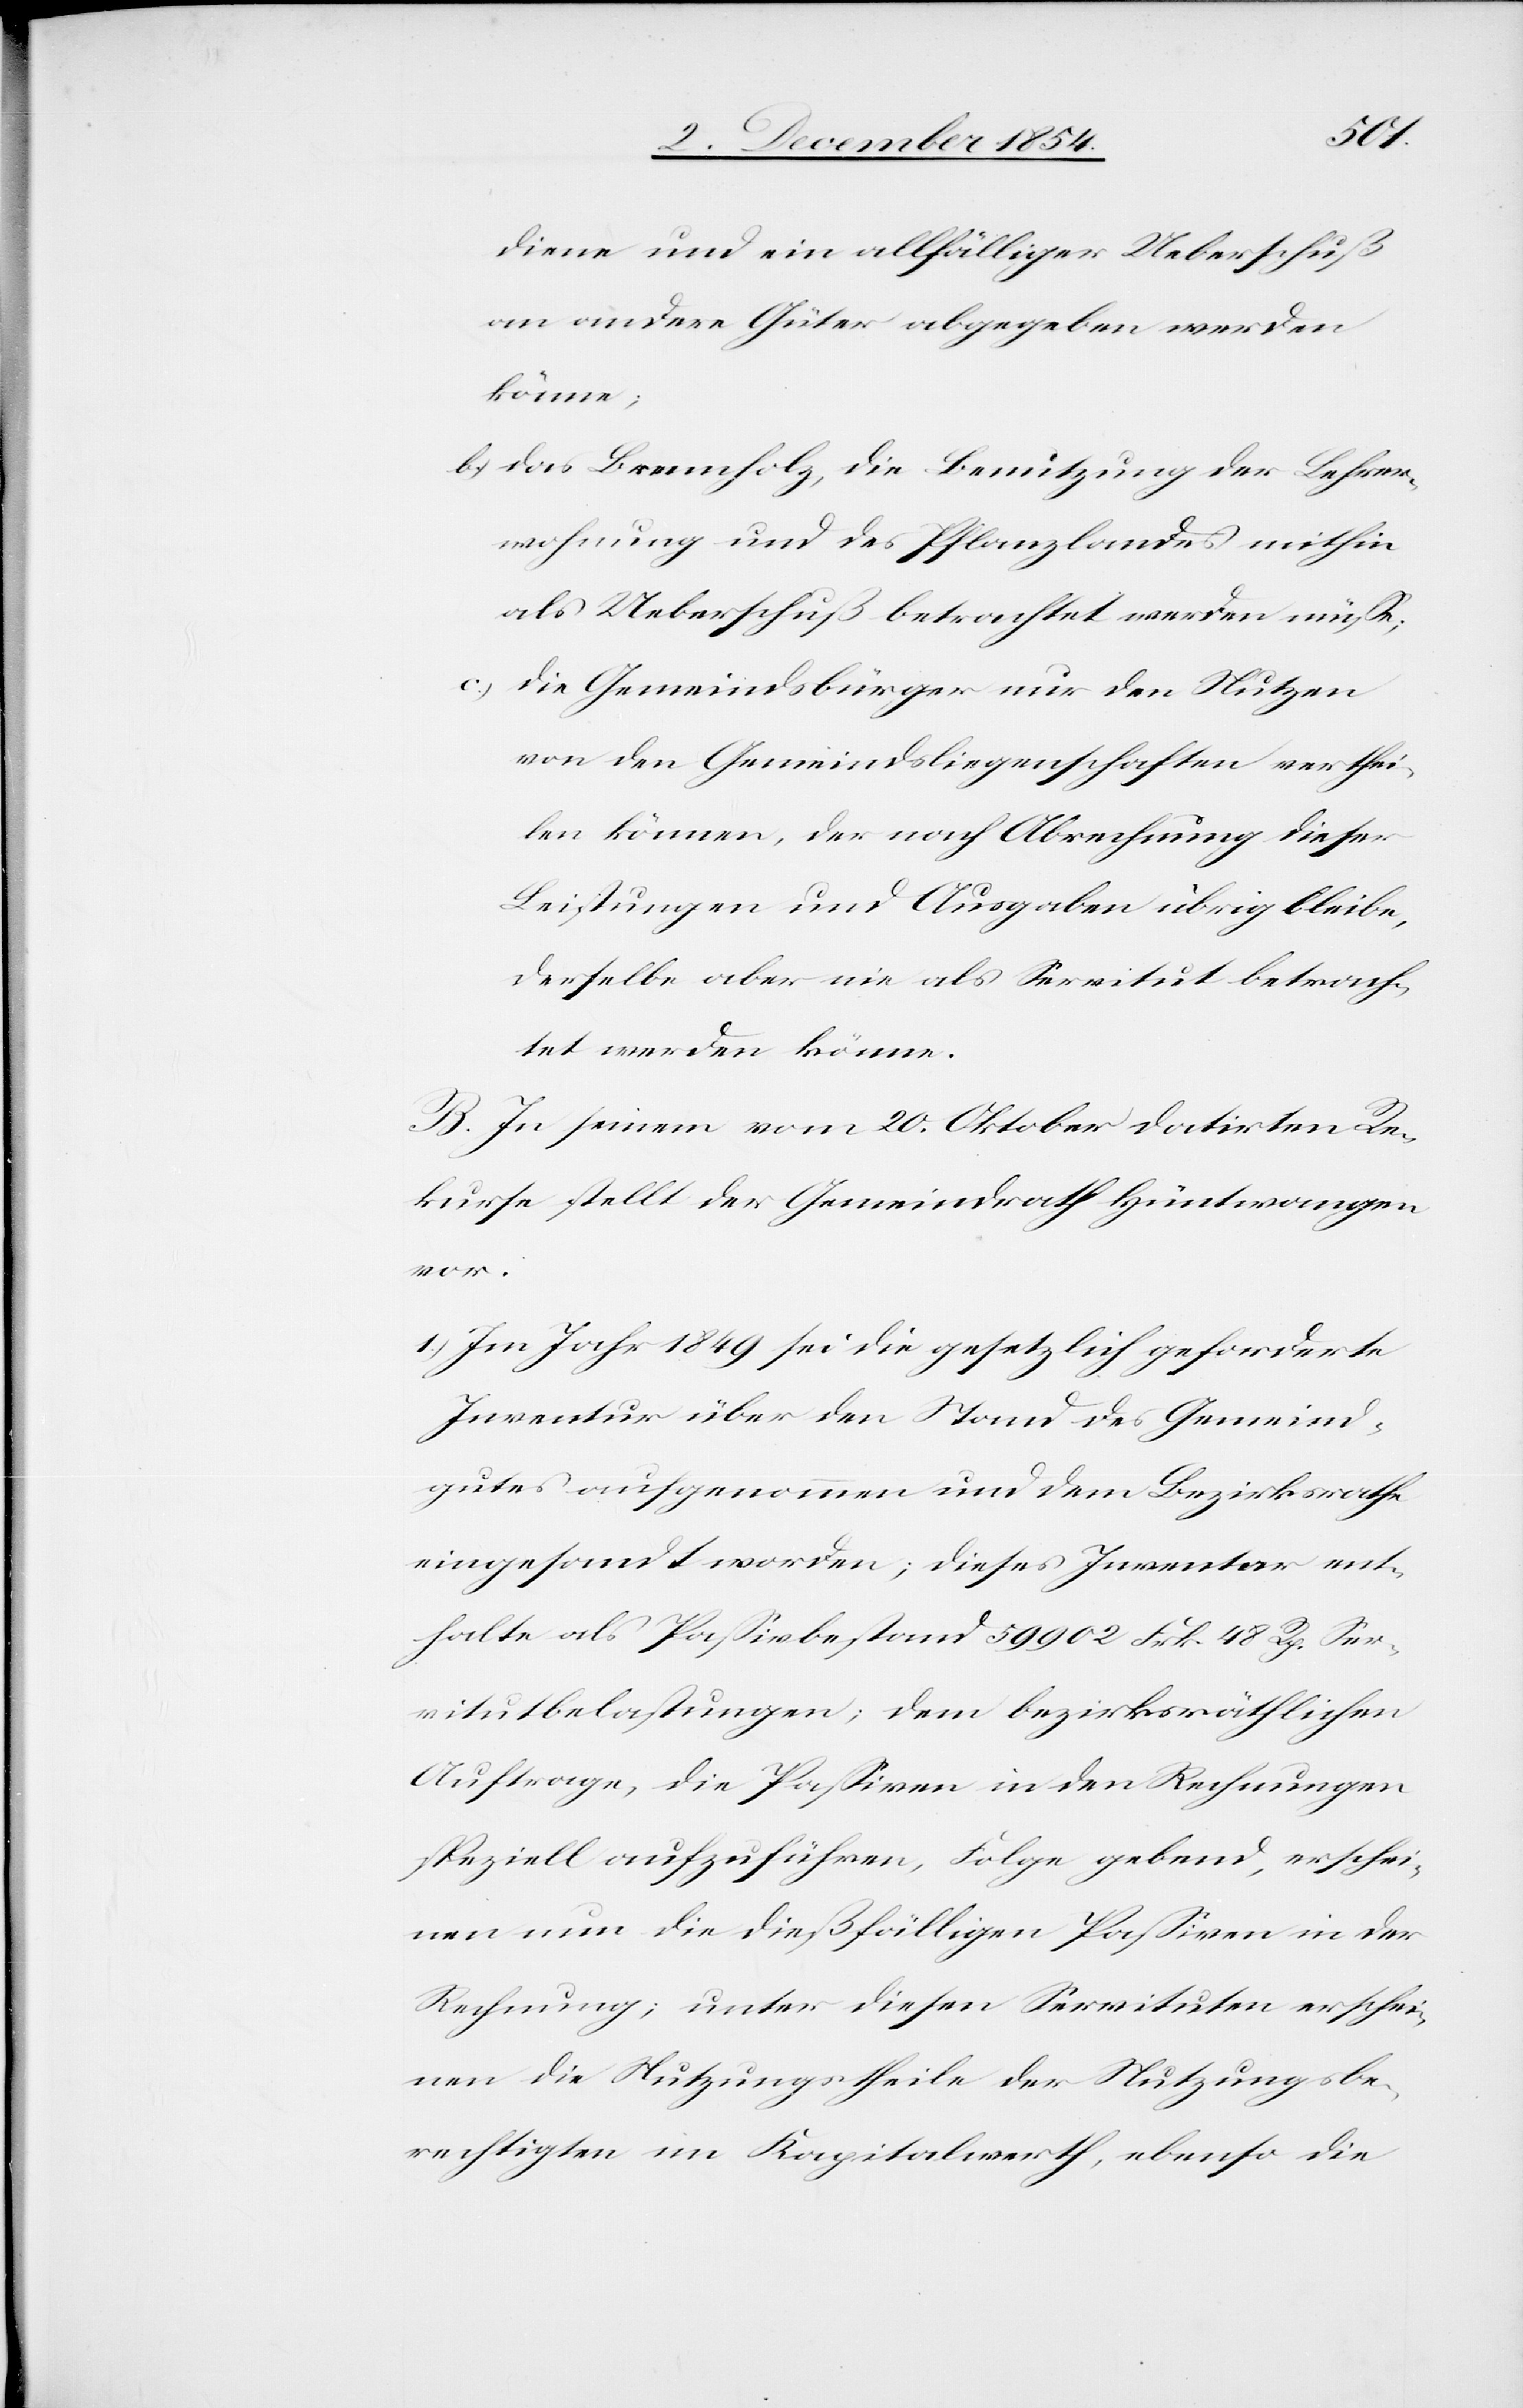
diene und ein allfälliger Ueberschuß
an andere Güter abgegeben werden
könne;
b.) das Brennholz, die Benutzung der Lehrer¬
wohnung und des Pflanzlandes mithin
als Ueberschuß betrachtet werden müße;
c.) die Gemeindsbürger nur den Nutzen
von den Gemeindsliegenschaften verthei¬
len könne, der nach Abrechnung dieser
Leistungen und Ausgaben übrig bleibe,
derselbe aber nie als Servitut betrach¬
tet werden könne.
B. In seinem vom 20. Oktober datirten Re¬
kurse stellt der Gemeindrath Hüntswangen
vor:
1.) Im Jahr 1849 sei die gesetzlich geforderte
Inventur über den Stand des Gemeind¬
gutes aufgenommen und dem Bezirksrathe
eingesandt worden; dieses Inventar ent¬
halte als Paßivbestand 59 902 Frk. 48 Rp. Ser¬
vitutbelastungen; dem bezirksräthlichen
Auftrage, die Paßiven in den Rechnungen
speziell aufzuführen, Folge gebend, erschei¬
nen nun die dießfälligen Paßiven in der
Rechnung; unter diesen Servituten erschei¬
nen die Nutzungstheile der Nutzungsbe¬
rechtigten im Kapitalwerth, ebenso die